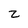
Character: z